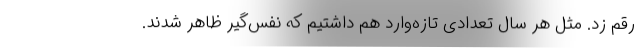
رقم زد. مثل هر سال تعدادی تازه‌وارد هم داشتیم که نفس‌گیر ظاهر شدند.